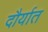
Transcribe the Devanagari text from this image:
दौर्यात